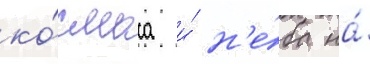
ко́смоса и́ н'е́ба на́